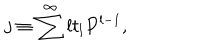
j \equiv \sum ^ { \infty } l t _ { l } P ^ { l - 1 } ,